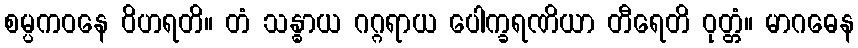
စမ္ပကဝနေ ဝိဟရတိ။ တံ သန္ဓာယ ဂဂ္ဂရာယ ပေါက္ခရဏိယာ တီရေတိ ဝုတ္တံ။ မာဂဓေန